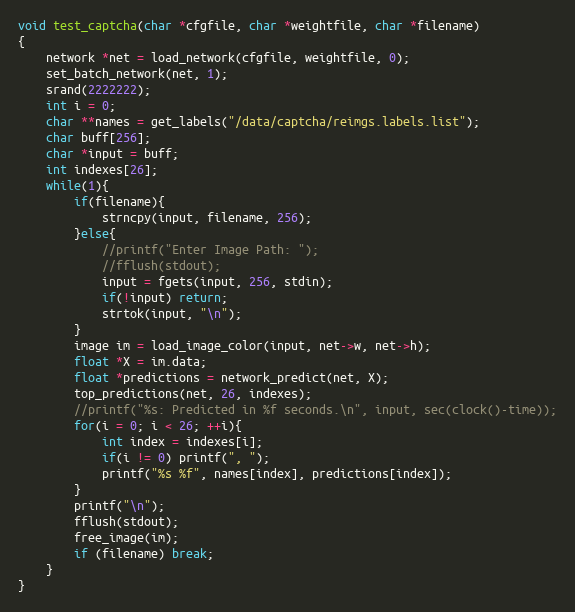
Language: C
void test_captcha(char *cfgfile, char *weightfile, char *filename)
{
    network *net = load_network(cfgfile, weightfile, 0);
    set_batch_network(net, 1);
    srand(2222222);
    int i = 0;
    char **names = get_labels("/data/captcha/reimgs.labels.list");
    char buff[256];
    char *input = buff;
    int indexes[26];
    while(1){
        if(filename){
            strncpy(input, filename, 256);
        }else{
            //printf("Enter Image Path: ");
            //fflush(stdout);
            input = fgets(input, 256, stdin);
            if(!input) return;
            strtok(input, "\n");
        }
        image im = load_image_color(input, net->w, net->h);
        float *X = im.data;
        float *predictions = network_predict(net, X);
        top_predictions(net, 26, indexes);
        //printf("%s: Predicted in %f seconds.\n", input, sec(clock()-time));
        for(i = 0; i < 26; ++i){
            int index = indexes[i];
            if(i != 0) printf(", ");
            printf("%s %f", names[index], predictions[index]);
        }
        printf("\n");
        fflush(stdout);
        free_image(im);
        if (filename) break;
    }
}